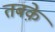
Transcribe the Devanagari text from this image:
तबके़